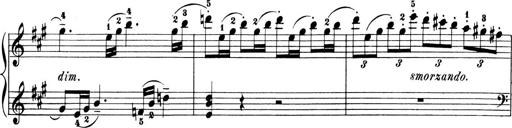
Title: 6 Piano Sonatinas
Composer: Cornelius Gurlitt